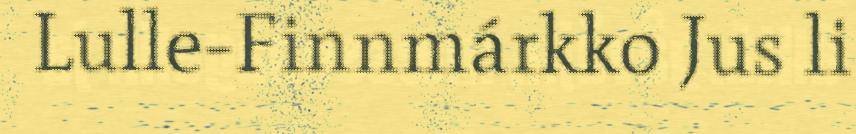
Lulle-Finnmárkko Jus li